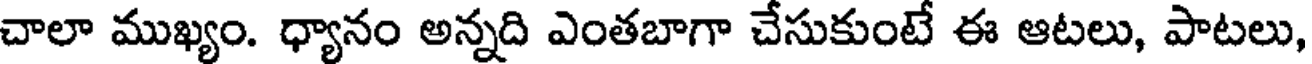
చాలా ముఖ్యం. ధ్యానం అన్నది ఎంతబాగా చేసుకుంటే ఈ ఆటలు, పాటలు,